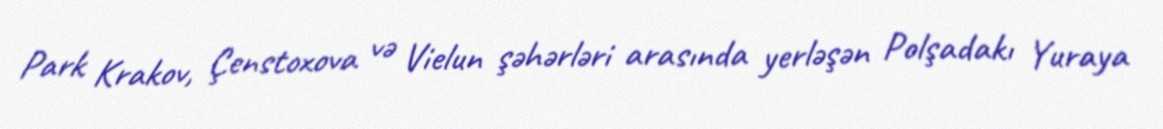
Park Krakov, Çenstoxova və Vielun şəhərləri arasında yerləşən Polşadakı Yuraya